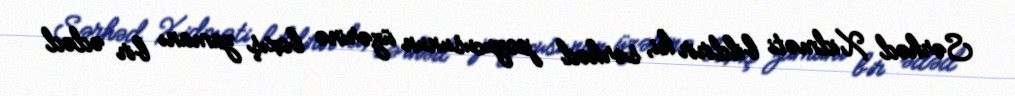
Sərhəd Xidməti bildirir ki, sərhəd pozucusunun üzərinə baxış zamanı bir ədəd